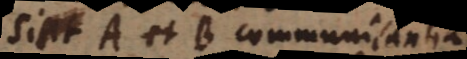
Sint A et B communicantia